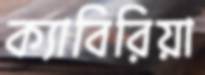
ক্যাবিরিয়া